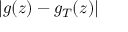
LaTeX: | g ( z ) - g _ { T } ( z ) |